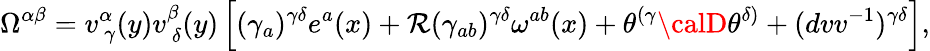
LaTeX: \Omega^{\alpha\beta}=v_{~\gamma}^{\alpha}(y)v_{~\delta}^{\beta}(y)\left[(\gamma_{a})^{\gamma\delta}e^{a}(x)+\mathcal{R}(\gamma_{ab})^{\gamma\delta}\omega^{ab}(x)+\theta^{(\gamma}{\calD}\theta^{\delta)}+(dvv^{-1})^{\gamma\delta}\right],